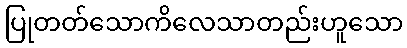
ပြုတတ်သောကိလေသာတည်းဟူသော